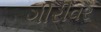
ગીરીવર